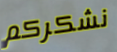
نشكركم